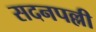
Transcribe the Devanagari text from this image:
सदनपल्ली